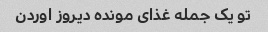
تو یک جمله غذای مونده دیروز اوردن